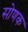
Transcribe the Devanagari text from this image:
सोणक